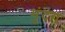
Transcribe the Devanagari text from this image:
मृंदग